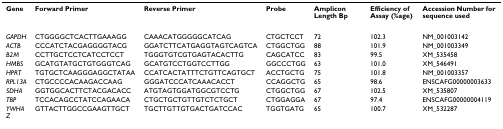
<table><thead><tr><td><b>Gene</b></td><td><b>Forward Primer</b></td><td><b>Reverse Primer</b></td><td><b>Probe</b></td><td><b>Amplicon Length Bp</b></td><td><b>Efficiency of Assay (%age)</b></td><td><b>Accession Number for sequence used</b></td></tr></thead><tbody><tr><td><i>GAPDH</i></td><td>CTGGGGCTCACTTGAAAGG</td><td>CAAACATGGGGGCATCAG</td><td>CTGCTCCT</td><td>72</td><td>102.3</td><td>NM_001003142</td></tr><tr><td><i>ACTB</i></td><td>CCCATCTACGAGGGGTACG</td><td>GGATCTTCATGAGGTAGTCAGTCA</td><td>CTGGCTGG</td><td>88</td><td>101.9</td><td>NM_001003349</td></tr><tr><td><i>B2M</i></td><td>CCTTGCTCCTCATCCTCCT</td><td>TGGGTGTCGTGAGTACACTTG</td><td>CAGCATCC</td><td>83</td><td>99.5</td><td>XM_535458</td></tr><tr><td><i>HMBS</i></td><td>GCATGTATGCTGTGGGTCAG</td><td>GCATGTCCTGGTCCTTGG</td><td>GGCCCTGG</td><td>63</td><td>101.0</td><td>XM_546491</td></tr><tr><td><i>HPRT</i></td><td>TGTGCTCAAGGGAGGCTATAA</td><td>CCATCACTATTTCTGTTCAGTGCT</td><td>ACCTGCTG</td><td>75</td><td>101.8</td><td>NM_001003357</td></tr><tr><td><i>RPL13A</i></td><td>CTGCCCCACAAGACCAAG</td><td>GGGATCCCATCAAACACCT</td><td>CCAGGCTG</td><td>65</td><td>98.6</td><td>ENSCAFG00000003633</td></tr><tr><td><i>SDHA</i></td><td>GGTGGCACTTCTACGACACC</td><td>ATGTAGTGGATGGCGTCCTG</td><td>CTGGCTGG</td><td>67</td><td>102.5</td><td>XM_535807</td></tr><tr><td><i>TBP</i></td><td>TCCACAGCCTATCCAGAACA</td><td>CTGCTGCTGTTGTCTCTGCT</td><td>CTGGAGGA</td><td>67</td><td>97.4</td><td>ENSCAFG00000004119</td></tr><tr><td><i>YWHAZ</i></td><td>GTTACTTGGCCGAAGTTGCT</td><td>TGCTTGTTGTGACTGATCCAC</td><td>TGGTGATG</td><td>65</td><td>100.7</td><td>XM_532287</td></tr></tbody></table>